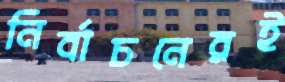
নির্বাচনেরই